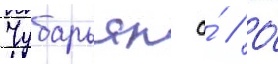
Чубарьян а́ // О́